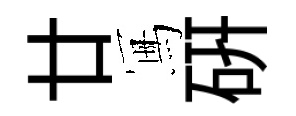
廿冩硏